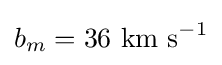
b_{m}=36\ \mathrm {km\ s} ^{-1}